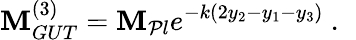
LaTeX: \mathbf{M}_{GUT}^{(3)}=\mathbf{M}_{\mathcal{P}l}e^{-k(2y_{2}-y_{1}-y_{3})}~.~\,